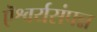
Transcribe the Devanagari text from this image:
ऎश्वर्यसंपन्न